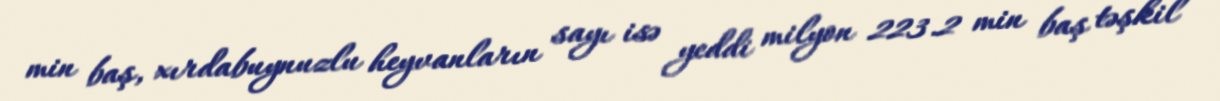
min baş, xırdabuynuzlu heyvanların sayı isə yeddi milyon 223.2 min baş təşkil